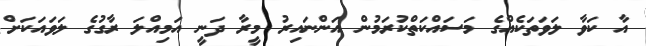
އާ ކަވާ ލަވަތަކެއްގެ މަސައްކަތްކުރަމުން އަންނައިރު މީރާ ދަނީ އަމިއްލަ ރާގުގެ ލަވައަކަށް